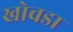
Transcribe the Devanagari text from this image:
खोवडा